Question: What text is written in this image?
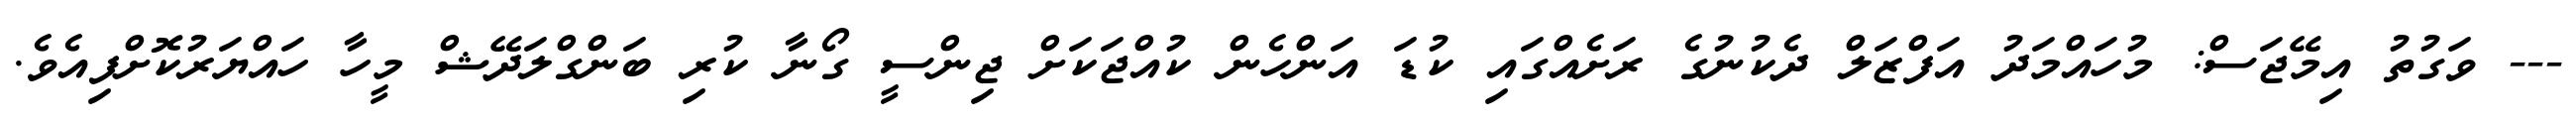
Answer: --- ވަގުތު އިމޭޖަސް: މުހައްމަދު އަފްޒަލް ދެކުނުގެ ރަށެއްގައި ކުޑަ އަންހެން ކުއްޖަކަށް ޖިންސީ ގޯނާ ކުރި ބަންގްލަދޭޝް މީހާ ހައްޔަރުކޮށްފިއެވެ.